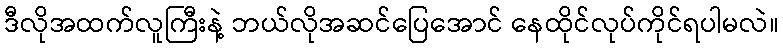
ဒီလိုအထက်လူကြီးနဲ့ ဘယ်လိုအဆင်ပြေအောင် နေထိုင်လုပ်ကိုင်ရပါမလဲ။